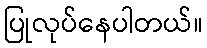
ပြုလုပ်နေပါတယ်။